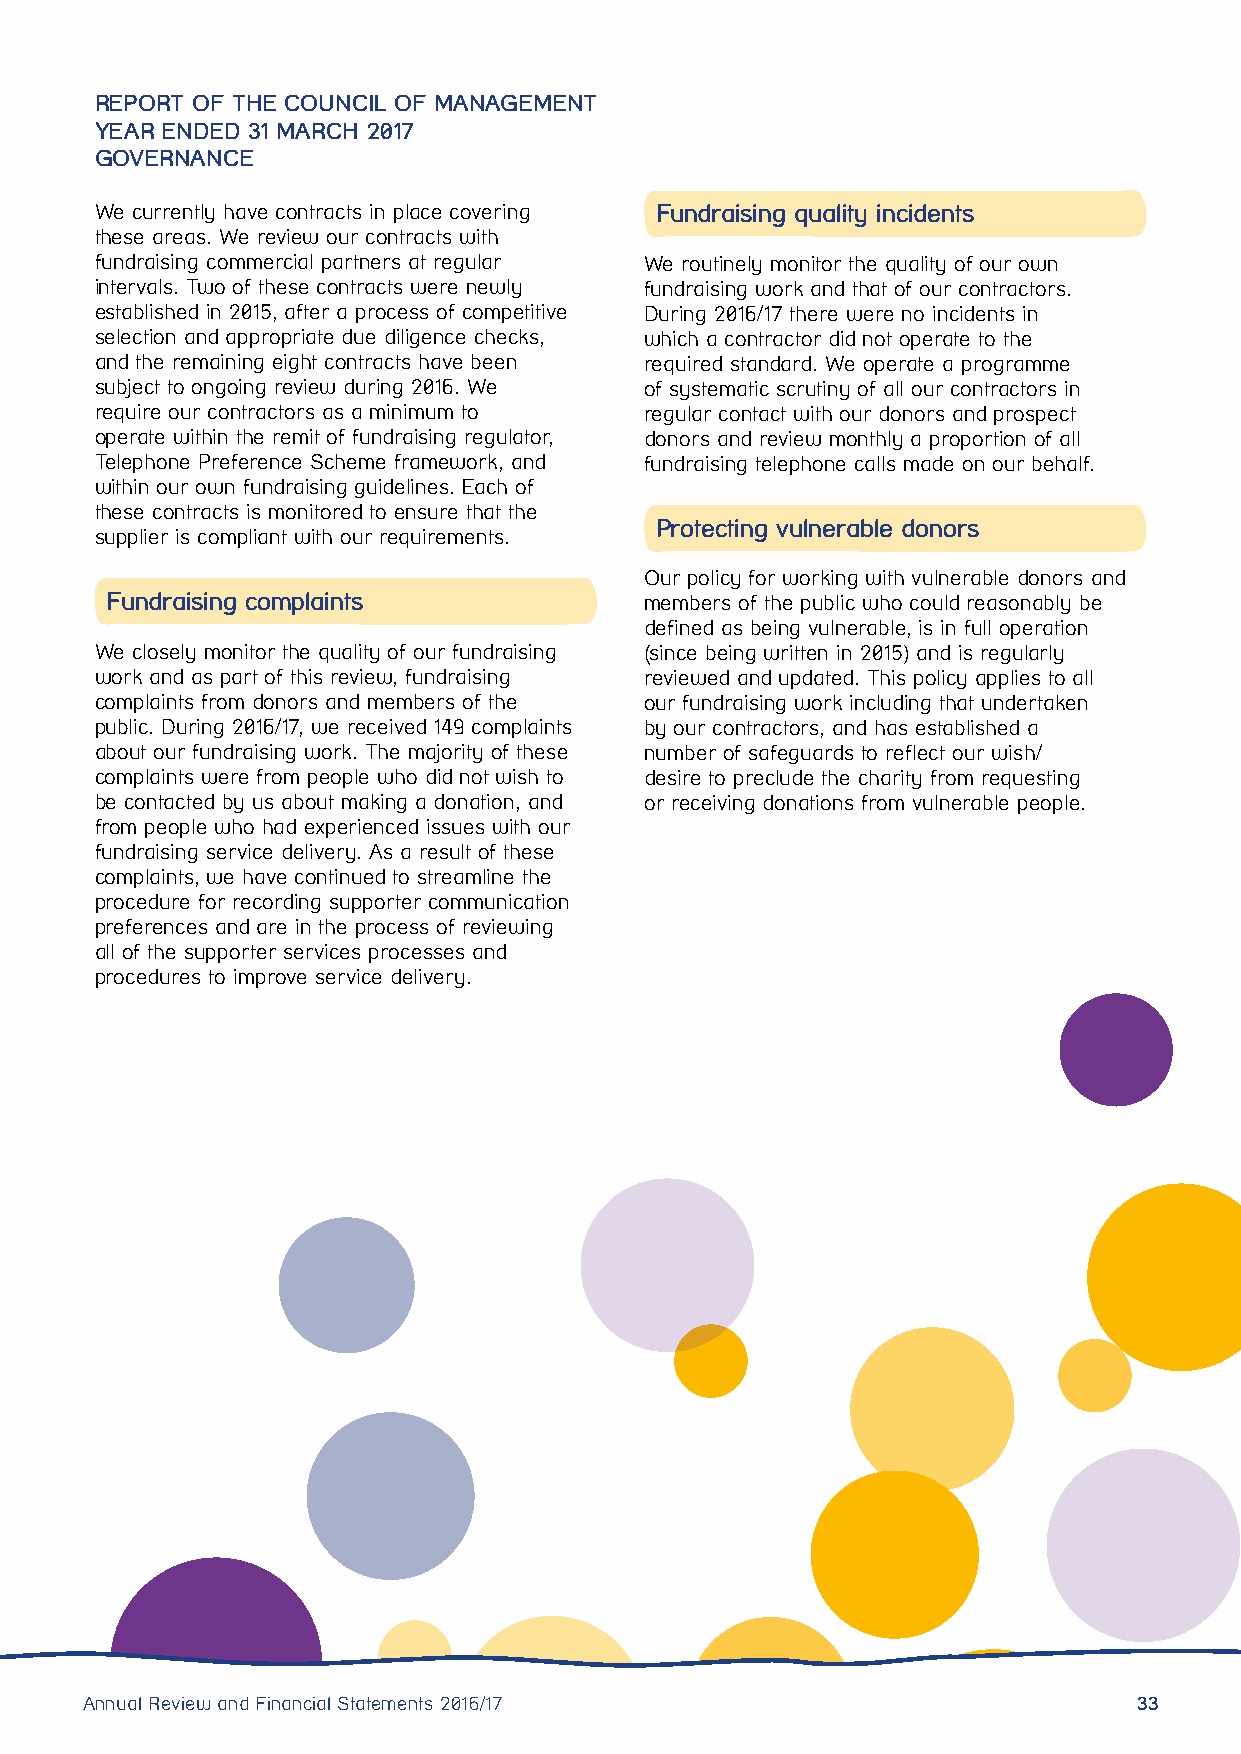
REPORT OF THE COUNCIL OF MANAGEMENT
 YEAR ENDED 31 MARCH 2017
 GOVERNANCE
 We currently have contracts in place covering Fundraising quality incidents
 these areas. We review our contracts with
 fundraising commercial partners at regular We routinely monitor the quality of our own
 intervals. Two of these contracts were newly fundraising work and that of our contractors.
 established in 2015, after a process of competitive During 2016/17 there were no incidents in
 selection and appropriate due diligence checks, which a contractor did not operate to the
 and the remaining eight contracts have been required standard. We operate a programme
 subject to ongoing review during 2016. We of systematic scrutiny of all our contractors in
 require our contractors as a minimum to regular contact with our donors and prospect
 operate within the remit of fundraising regulator, donors and review monthly a proportion of all
 Telephone Preference Scheme framework, and fundraising telephone calls made on our behalf.
 within our own fundraising guidelines. Each of
 these contracts is monitored to ensure that the
 Protecting vulnerable donors
 supplier is compliant with our requirements.
 Our policy for working with vulnerable donors and
 Fundraising complaints              members of the public who could reasonably be
 defined as being vulnerable, is in full operation
 We closely monitor the quality of our fundraising (since being written in 2015) and is regularly
 work and as part of this review, fundraising reviewed and updated. This policy applies to all
 complaints from donors and members of the our fundraising work including that undertaken
 public. During 2016/17, we received 149 complaints by our contractors, and has established a
 about our fundraising work. The majority of these number of safeguards to reflect our wish/
 complaints were from people who did not wish to desire to preclude the charity from requesting
 be contacted by us about making a donation, and or receiving donations from vulnerable people.
 from people who had experienced issues with our
 fundraising service delivery. As a result of these
 complaints, we have continued to streamline the
 procedure for recording supporter communication
 preferences and are in the process of reviewing
 all of the supporter services processes and
 procedures to improve service delivery.
 Annual Review and Financial Statements 2016/17                        33